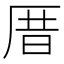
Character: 厝